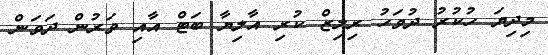
މިދިޔަ ހުކުރު ދުވަހު ރިލިޒް ކުރި އާލިޔާ ބަޓް އާއި ވަރުން ދަވަން